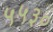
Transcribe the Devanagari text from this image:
५५३०